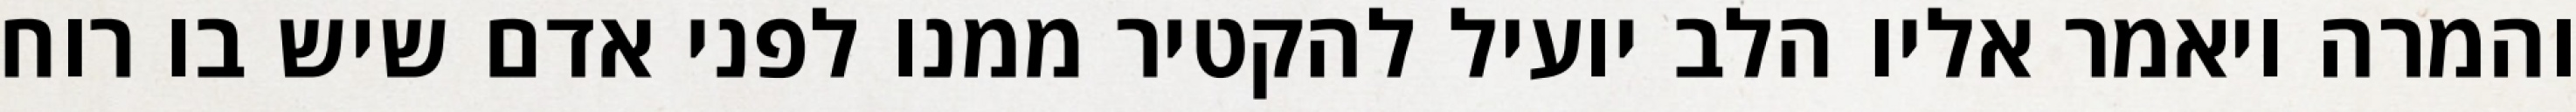
והמרה ויאמר אליו הלב יועיל להקטיר ממנו לפני אדם שיש בו רוח